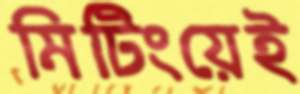
মিটিংয়েই